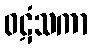
ဝဋံသကာ